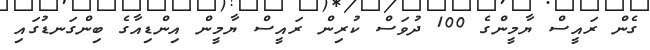
ގެން ރައީސް ޔާމީންގެ 100 ދުވަސް ކުރިން ރައީސް ޔާމީން އިންޑިއާގެ ބިންގަނޑުގައި